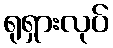
ရုရှားလုပ်